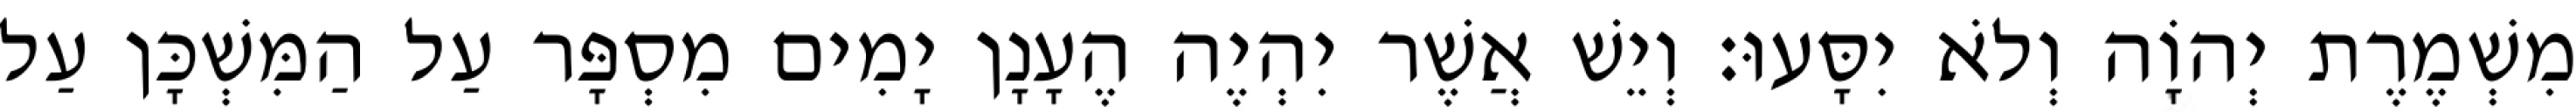
מִשְׁמֶרֶת יְהוָֹה וְלֹא יִסָּעוּ׃ וְיֵשׁ אֲשֶׁר יִהְיֶה הֶעָנָן יָמִים מִסְפָּר עַל הַמִּשְׁכָּן עַל